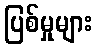
ပြစ်မှုများ